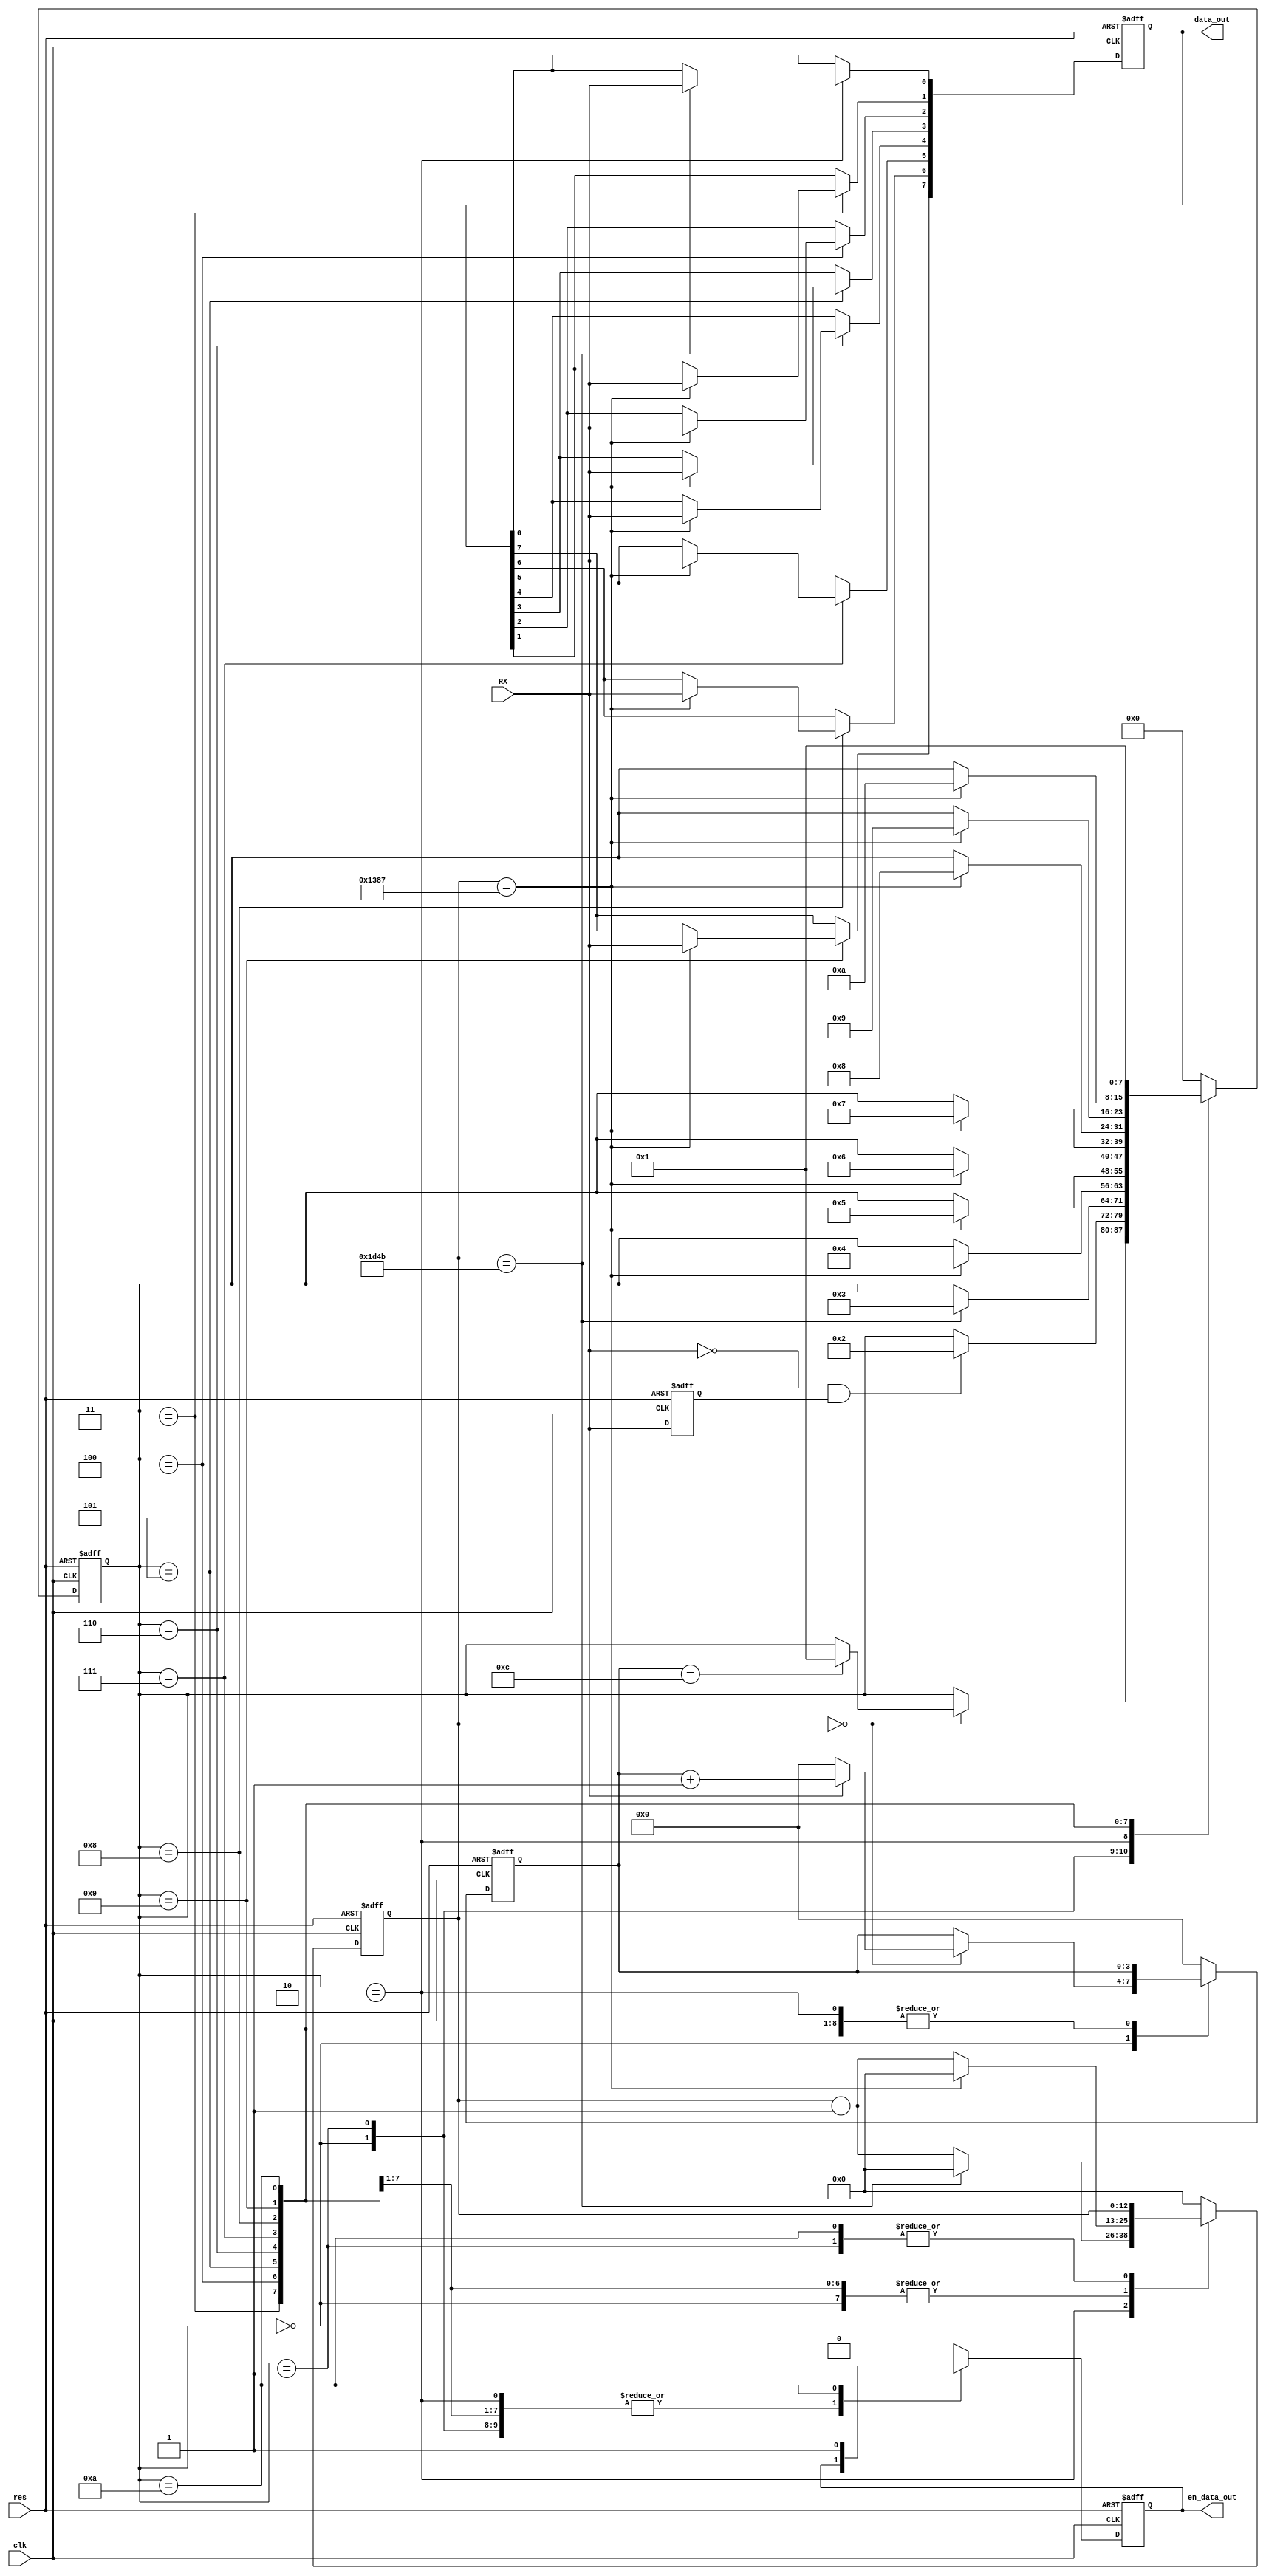
//2022-05-21 ,
//;

`timescale 1ns/10ps
module  UART_RXer(
                 clk,
		           res,
                 RX,
                 data_out,
                 en_data_out
                  );

input            clk;
input            res;
input            RX;

output[7:0]      data_out;     //  
output           en_data_out;  // 

reg[7:0]         data_out;
reg[7:0]         state ;       //

reg[12:0]        con;         //

reg[3:0]         con_bits ;    //

reg              RX_delay;    // RX 

reg              en_data_out;

always@(posedge clk or negedge res )


   if (~res )begin 
   state<=0; con<=0;con_bits<=0; RX_delay<=0;
   data_out<=0;en_data_out<=0;
   end

   else begin 

      RX_delay <=RX;

      case(state)

      0://
        begin 
        if (con==4999)begin
            con<=0; 
            end 
        else begin 
            con<=con+1; 
            end 
        
        if(con==0) begin
           if (RX) begin 
               con_bits<=con_bits+1;
               end
            else begin 
               con_bits<=0;
               end


         if (con_bits==12)begin 
            state<=1;
            end 
        end
        end 

      1://
        begin 
        
        if (~RX & RX_delay)begin 
            state<=2;
            end
        end

      2: //b0;
        begin 
        if (con==7500-1)begin 
              con<=0;

              data_out[0]<=RX;
              state<=3;
              end
        else begin 
             con<=con+1;
             end
        end 

        3: //b1;
        begin 
          if (con==5000-1)begin 
              con<=0;

              data_out[1]<=RX;
              state<=4;
              end
          else begin 
             con<=con+1;
             end
        end


       4: //b2;
        begin 
          if (con==5000-1)begin 
              con<=0;

              data_out[2]<=RX;
              state<=5;
              end
          else begin 
             con<=con+1;
             end
        end

        5: //b3;
        begin 
          if (con==5000-1)begin 
              con<=0;

              data_out[3]<=RX;
              state<=6;
              end
          else begin 
             con<=con+1;
             end
        end


        6: //b4;
        begin 
          if (con==5000-1)begin 
              con<=0;

              data_out[4]<=RX;
              state<=7;
              end
          else begin 
             con<=con+1;
             end
        end


        7: //b5;
        begin 
          if (con==5000-1)begin 
              con<=0;

              data_out[5]<=RX;
              state<=8;
              end
          else begin 
             con<=con+1;
             end
        end

        8: //b6;
        begin 
          if (con==5000-1)begin 
              con<=0;

              data_out[6]<=RX;
              state<=9;
              end
          else begin 
             con<=con+1;
             end
        end


        9: //b7;
        begin 
          if (con==5000-1)begin 
              con<=0;

              data_out[7]<=RX;
              state<=10;
              end
          else begin 
             con<=con+1;
             end
        end

        10://
        begin
          en_data_out<=1;
          state<=1;
        end 

        default:
        begin 
           state<=0;
           con<=0;
           con_bits<=0;
           en_data_out<=0;

        end


        endcase
   end

endmodule